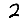
Digit: 2